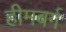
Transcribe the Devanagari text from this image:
हीमबर्ग